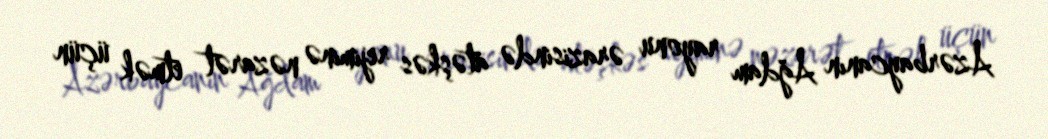
Azərbaycanın Ağdam rayonu ərazisində atəşkəs rejiminə nəzarət etmək üçün